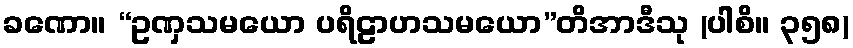
ခဏော။ “ဥဏှသမယော ပရိဠာဟသမယော”တိအာဒီသု (ပါစိ။ ၃၅၈)